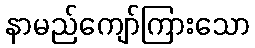
နာမည်ကျော်ကြားသော